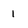
Character: 1